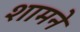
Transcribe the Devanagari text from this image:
शामने